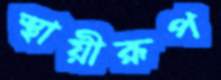
স্থায়ীরূপ